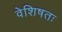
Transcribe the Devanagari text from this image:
वेशिषतः